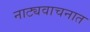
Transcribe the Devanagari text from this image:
नाट्यवाचनात